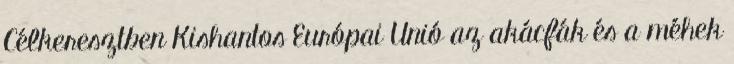
Célkeresztben Kishantos Európai Unió az akácfák és a méhek